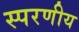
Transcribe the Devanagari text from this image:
स्परणीय